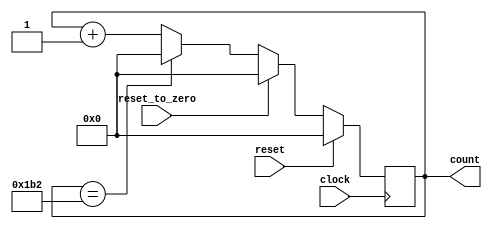
module counter 
    (
        clock,
        reset,
        reset_to_zero,
        count
    );
		
	parameter n = 11;
    input        clock;
    input        reset;
    input        reset_to_zero;
    output reg [n-1:0] count;

    //reg    [8:0] count;

    localparam max_count = 435;

    always @ (posedge clock)
	 begin
        if (reset)
            count <= 11'b0;
        else if(reset_to_zero == 1'b1)
            count <= 11'b0;
        else if(count == (max_count - 1))
            count <= 11'b0;
        else
            count <= count + {{n-1{1'b0}}, 1'b1};
    end
  

endmodule